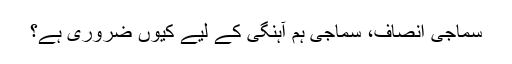
سماجی انصاف، سماجی ہم آہنگی کے لیے کیوں ضروری ہے؟